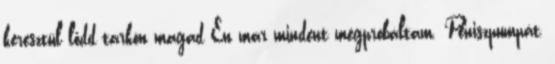
keresztül lődd tarkón magad Én már mindent megprobáltam. Péniszpumpát,